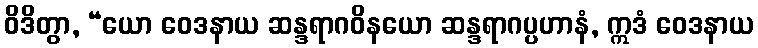
ဝိဒိတွာ, “ယော ဝေဒနာယ ဆန္ဒရာဂဝိနယော ဆန္ဒရာဂပ္ပဟာနံ, ဣဒံ ဝေဒနာယ